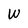
Character: W